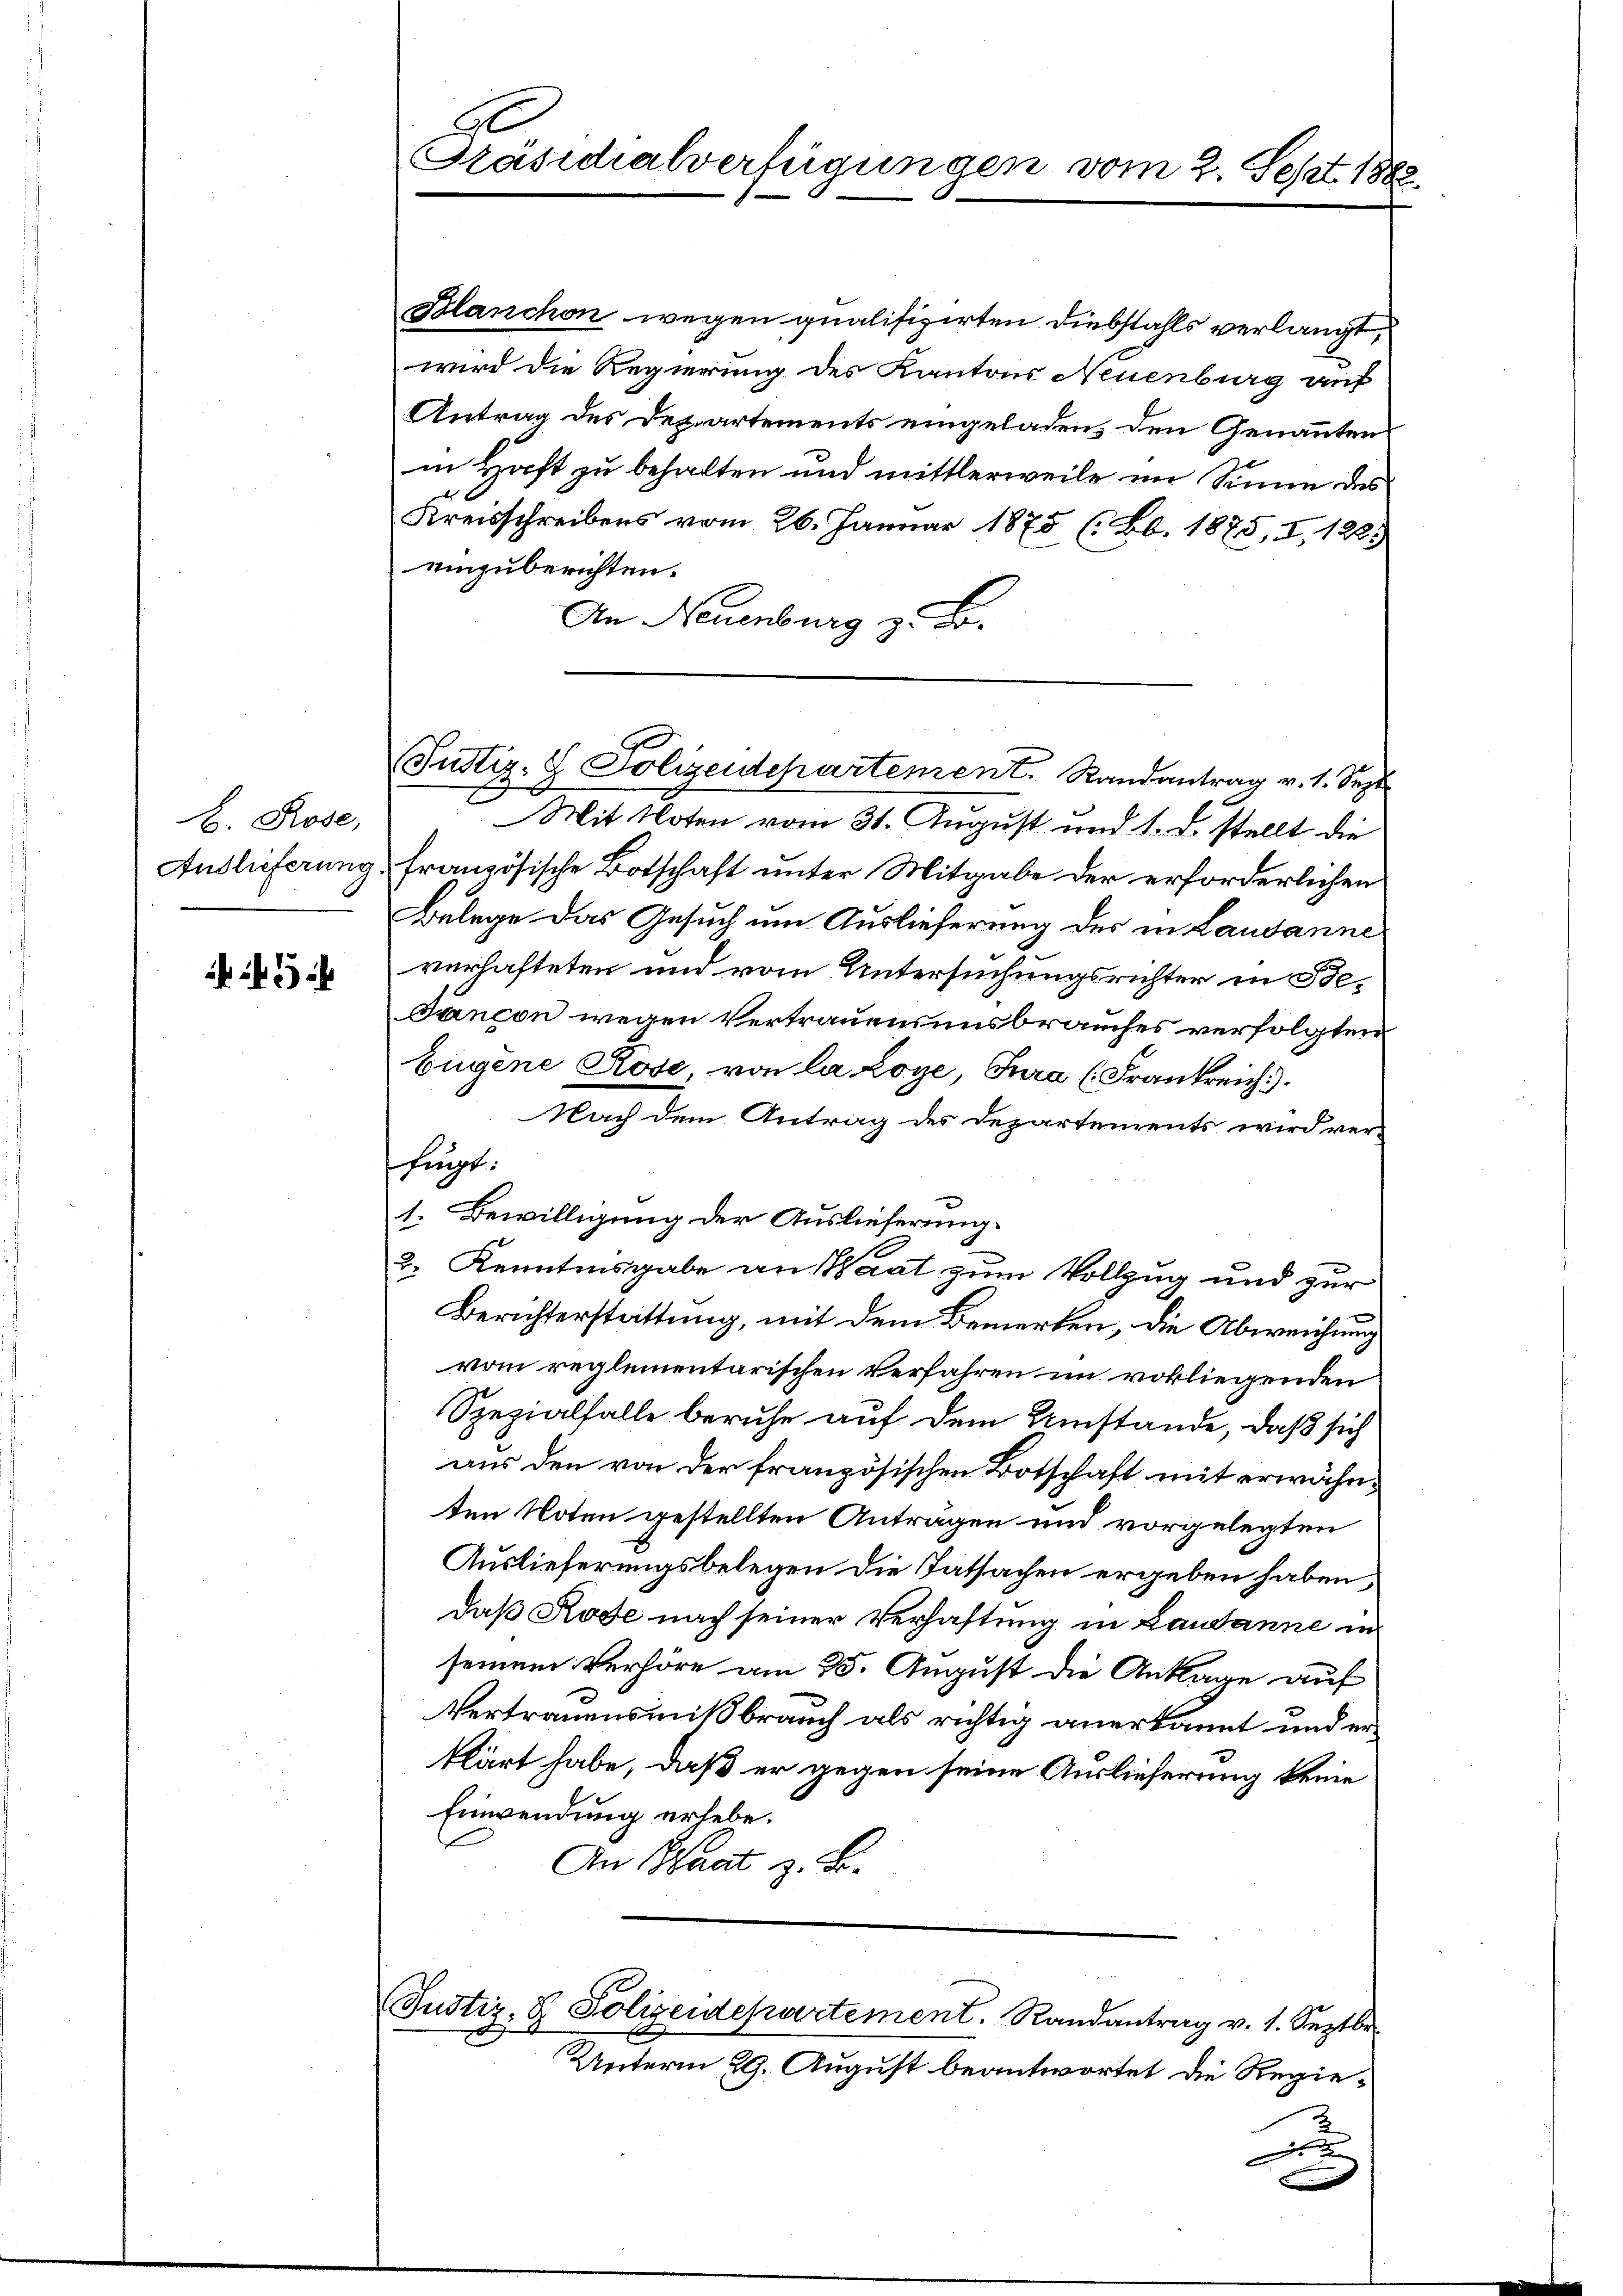
E. Rose,

45 x

G
Präsidialverfügungen vom 2. Sept 1883.

Blanchon wegen qualifizirten Diebstahls verlangt,
wird die Regierung des Kantons Neuenburg auf
Antrag des Departements eingeladen, den Genannten
in Haft zu behalten und mittlerweile im Sinne des
Kreisschreibens vom 26. Januar 1875 (Bb. 1885, I, 122.
einzuberichten.
An Neuenburg z. B.
x
Mit Noten vom 31. August und 1. d. stellt die
Auslieferung, französische Botschaft unter Mitgabe der erforderlichen
Belege das Gesuch um Auslieferung des in Lausanne
verhafteten und vom Untersuchungsrichter in Be¬
Fancon wegen Vertrauens uns brauches verfolgten
Eugene Rose, von la Loye, Jura (Frankreich.
Nach dem Antrag des Departements wird ver-
hingt:
1. Bewilligung der Auslieferung.
2. Kenntnisgabe an Waat zum Vollzug und zur
Berichterstattung, mit dem Bemerken, die Abweichung
vom reglementarischen Verfahren im vorliegenden
Spezialfalle beruhe auf dem Umstände, daß sich
aus den von der französischen Botschaft mit erwähnten Noten gestellten Antragen und vorgelegten
Auslieferungsbelegen die Tatsachen ergeben haben;
daß Rode nach seiner Verhaftung in Lausanne in
seinem Verhöre am 25. August die Anklage auf
Vertrauensmißbrauch als richtig anerkannt und erklärt habe, daß er gegen seine Auslieferung keine
Einwendung erhebe.
An Saat z. B.

Justiz- & Polizeidepartement. Randantrag v. 1. Sept.

(Justiz- & Polizeidchartement. Randantrag v. 1. Septbr.
Ex

Unterm 29. August beantwortet die Regie¬
u